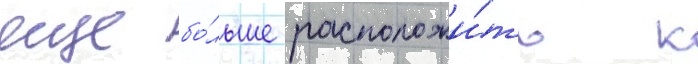
еще бо́льше расположи́ть к